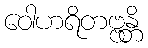
ဝေါဟရိတဗ္ဗန္တိ